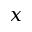
x